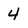
Character: 4